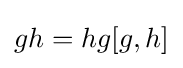
gh=hg[g,h]